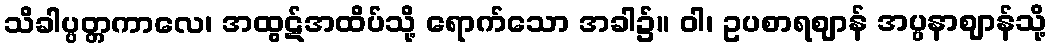
သိခါပ္ပတ္တကာလေ၊ အထွဋ်အထိပ်သို့ ရောက်သော အခါ၌။ ဝါ၊ ဥပစာရဈာန် အပ္ပနာဈာန်သို့